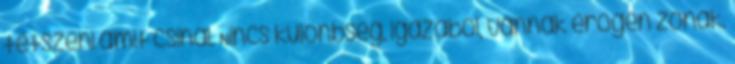
tetszeni amit csinál. Nincs különbség, igazából, vannak erogén zónák,